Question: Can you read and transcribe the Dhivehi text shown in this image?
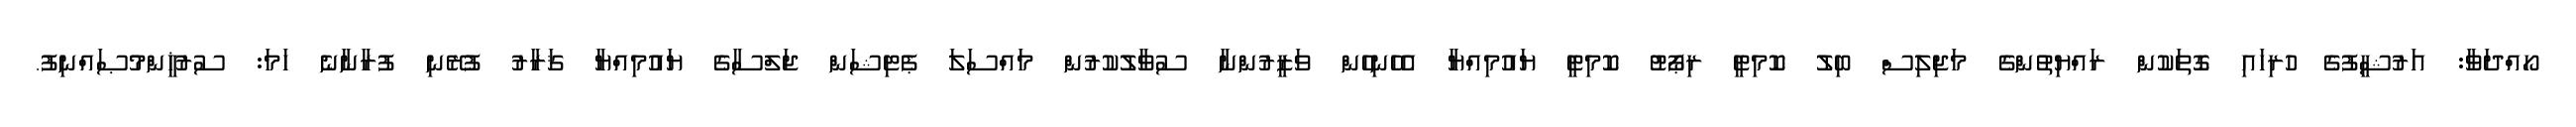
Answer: ހޯއްދަވާ: އަރުޝީފުގެ ހުރިހައި ގޮތަކުން ރައްޔިތުންގެ މަޖިލިސް ބިލު ކޮމިޓީ ރިޕޯޓު ކޮމިޓީ ޔައުމިއްޔާ އެހެނިހެން ވަޒީރުންނާ ސުވާލުކުރުން މައްސަލަ ޕެޓިޝަން ޖަލްސާގެ ޔައުމިއްޔާ ޤަރާރު ފުރޭނި ފުރާނާނެ ހަމަ: ސުރުޚީންމުޞައްނިފު.